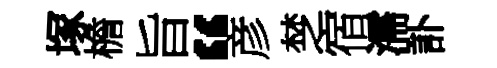
塚檐旨“彦椘宿濡訃